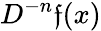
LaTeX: D^{-n}\mathfrak{f}(x)